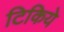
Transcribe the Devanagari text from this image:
टिकिये